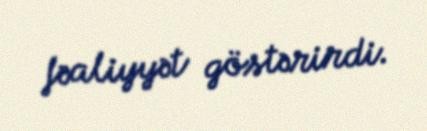
fəaliyyət göstərirdi.